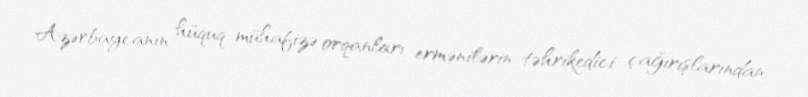
Azərbaycanın hüquq-mühafizə orqanları ermənilərin təhrikedici çağırışlarından,